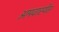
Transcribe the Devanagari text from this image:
अमवास्येस